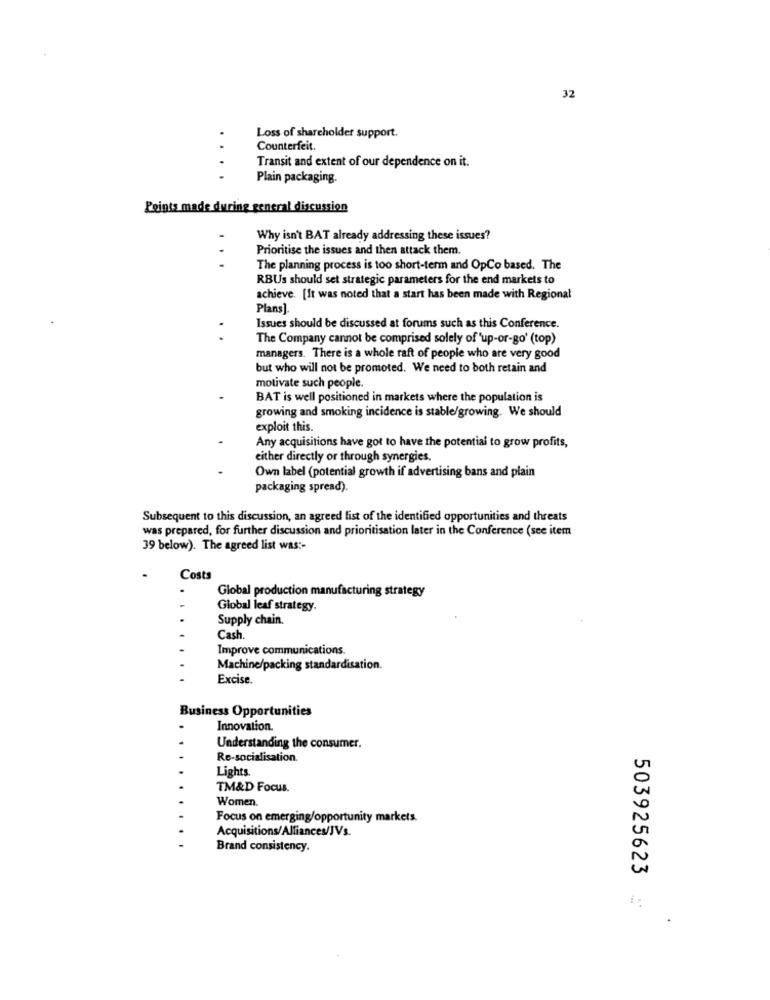
32
Loss of shareholder support.
Counterfeit.
Transit and extent of our dependence on it.
Plain packaging.
Points made during general discussion
Why isn't BAT already addressing these issues?
Prioritise the issues and then attack them.
The planning process is too short-term and OpCo based. The
RBUs should set strategic parameters for the end markets to
achieve. [It was noted that a start has been made with Regional
Plans]
Issues should be discussed at forums such as this Conference.
The Company cannot be comprised solely of 'up-or-go' (top)
managers. There is a whole raft of people who are very good
but who will not be promoted. We need to both retain and
motivate such people.
BAT is well positioned in markets where the population is
growing and smoking incidence is stable/growing. We should
exploit this.
Any acquisitions have got to have the potential to grow profits,
either directly or through synergies.
Own label (potential growth if advertising bans and plain
packaging spread).
Subsequent to this discussion, an agreed list of the identified opportunities and threats
was prepared, for further discussion and prioritisation later in the Conference (see item
39 below). The agreed list was :-
Costs
Global production manufacturing strategy
Global leaf strategy.
Supply chain.
Cash
Improve communications.
Machine/packing standardisation.
Excise.
Business Opportunities
Innovation.
Understanding the consumer.
Re-socialisation.
Lights
TM&D Focus.
Women.
Focus on emerging/opportunity markets.
Acquisitions/Alliances/JVs.
Brand consistency.
503925623
.